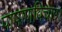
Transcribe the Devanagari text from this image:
पाषाणविचार।